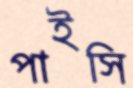
পাইসি